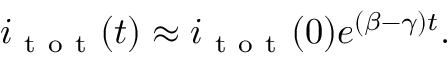
i _ { \mathrm { ~ t ~ o ~ t ~ } } ( t ) \approx i _ { \mathrm { ~ t ~ o ~ t ~ } } ( 0 ) e ^ { ( \beta - \gamma ) t } .